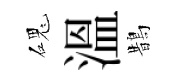
磈溫鵲